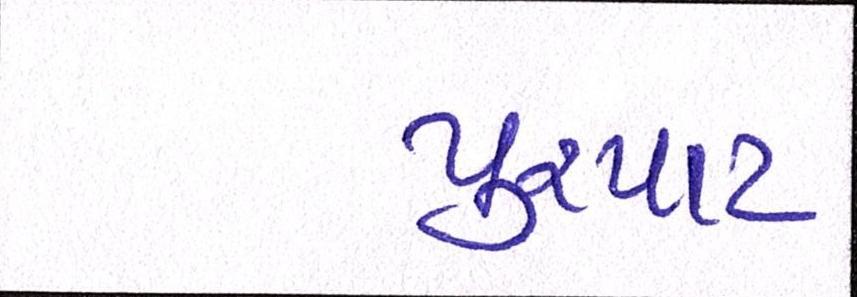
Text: પુરપાટ